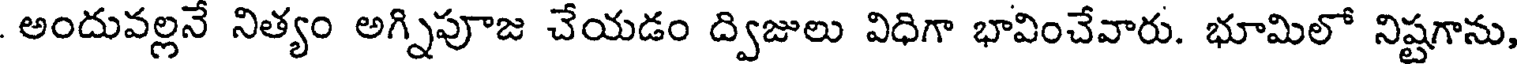
అందువల్లనే నిత్యం అగ్నిపూజ చేయడం ద్విజులు విధిగా భావించేవారు. భూమిలో నిష్టగాను,